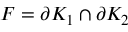
F = \partial K _ { 1 } \cap \partial K _ { 2 }